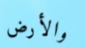
والأرض